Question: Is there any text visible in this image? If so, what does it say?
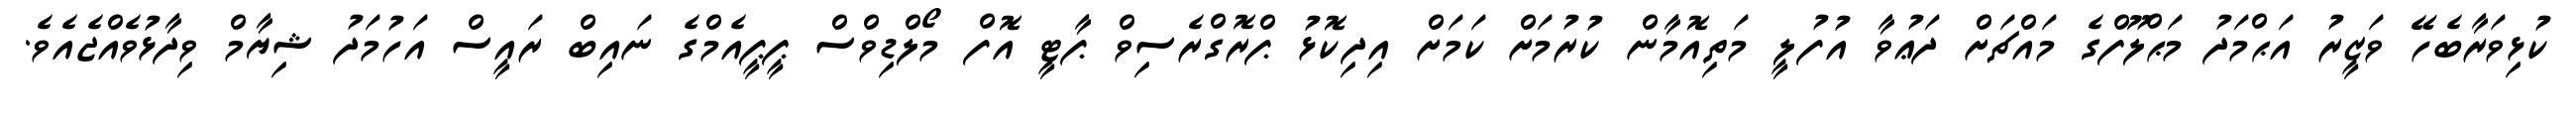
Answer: ކުޅިވަރާބެހޭ ވަޒީރު އަޙްމަދު މަޙްލޫފްގެ މައްޗަށް ދަޢުވާ އުފުލީ މަތިއޮމާން ކުރުމަށް ކަމަށް އިދިކޮޅު ޕްރޮގްރެސިވް ޕާޓީ އޮފް މޯލްޑިވްސް ޕީޕީއެމްގެ ނައިބް ރައީސް އަހުމަދު ޝިޔާމް ވިދާޅުވެއްޖެއެވެ.